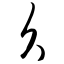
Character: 久